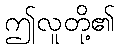
ဤလူတို့၏